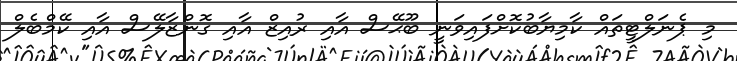
މި ޕެނަލްޓީތައް ކާމިޔާބުކޮށްފައިވަނީ ބޫޙޭސް އާއި ރުއިޒް އާއި ގޮންޒާލޭސް އާއި ކޭމްބެލް